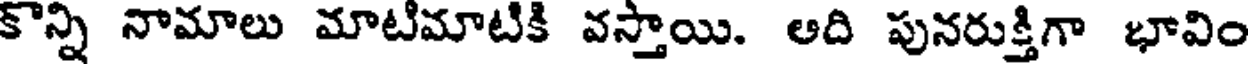
కొన్ని నామాలు మాటిమాటికి వస్తాయి. ఆది పునరుక్తిగా భావిం